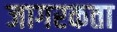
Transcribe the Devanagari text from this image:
जागरकता